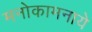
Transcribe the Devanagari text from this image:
मनोकामनाये